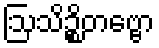
ဩသိဉ္စိတဗ္ဗော